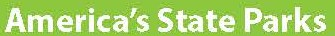
America's State Parks